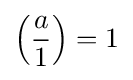
\left({\frac {a}{1}}\right)=1